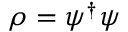
\rho = \psi ^ { \dagger } \psi